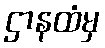
ဌာနထံမှ